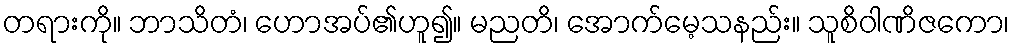
တရားကို။ ဘာသိတံ၊ ဟောအပ်၏ဟူ၍။ မညတိ၊ အောက်မေ့သနည်း။ သူစိဝါဏိဇကော၊